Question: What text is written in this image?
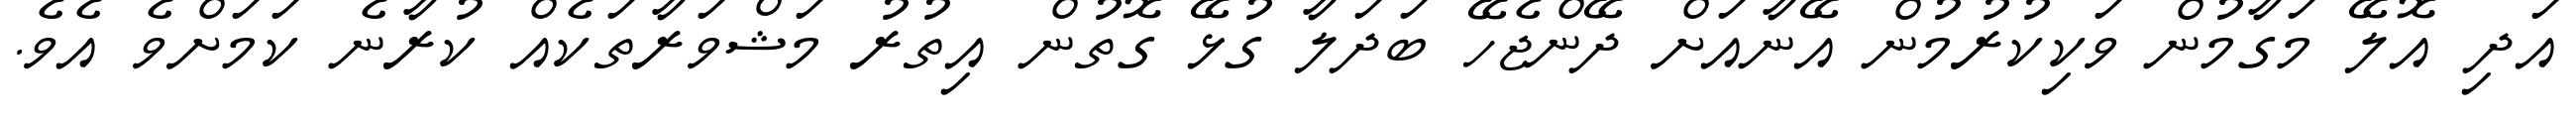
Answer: އަދި އޮލޭ މަގާމުން ވަކިކުރުމުން އޭނާއަށް ދޭންޖެހޭ ބަދަލާ ގުޅޭ ގޮތުން އިތުރު މަޝްވަރާތަކެއް ކުރާނެ ކަމަށްވެ އެވެ.